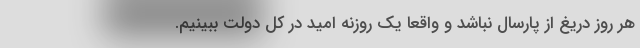
هر روز دریغ از پارسال نباشد و واقعا یک روزنه امید در کل دولت ببینیم.